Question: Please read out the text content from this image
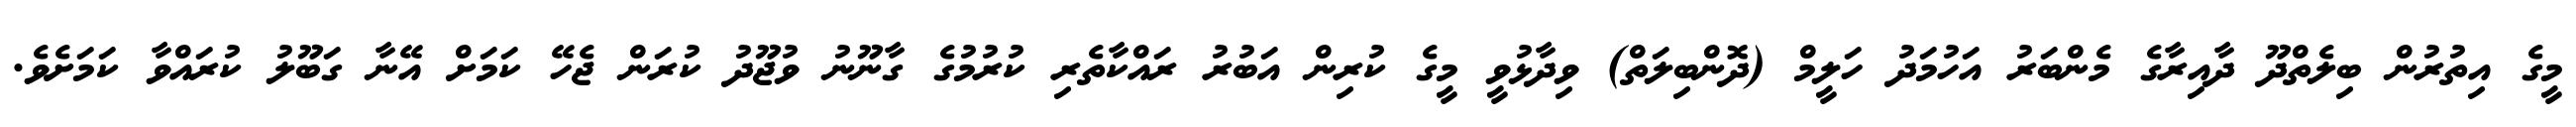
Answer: މީގެ އިތުރުން ބިލެތްދޫ ދާއިރާގެ މެންބަރު އަހުމަދު ހަލީމް (ދޮންބިލަތް) ވިދާޅުވީ މީގެ ކުރިން އަބުރު ރައްކާތެރި ކުރުމުގެ ގާނޫނު ވުޖޫދު ކުރަން ޖެހޭ ކަމަށް އޭނާ ގަބޫލު ކުރައްވާ ކަމަށެވެ.